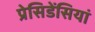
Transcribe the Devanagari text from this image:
प्रेसिडेंसियां